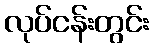
လုပ်ငန်းတွင်း